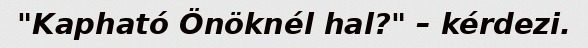
"Kapható Önöknél hal?" – kérdezi.